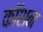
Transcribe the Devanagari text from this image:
कॉशन